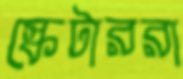
স্কেটাররা